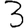
Digit: 3